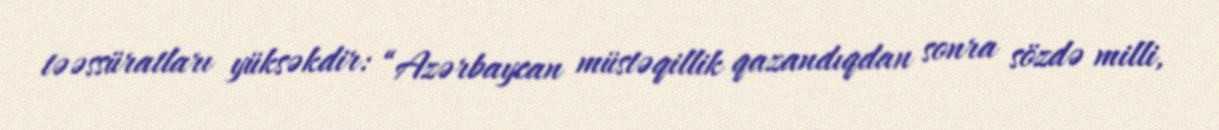
təəssüratları yüksəkdir: “Azərbaycan müstəqillik qazandıqdan sonra sözdə milli,